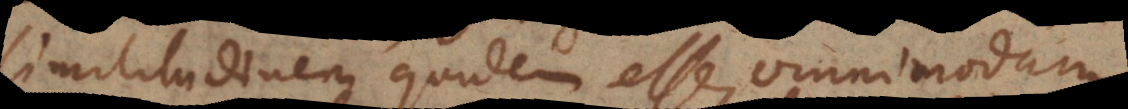
similitudinem quidem esse, omnimodam